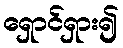
ရှောင်ရှား၍